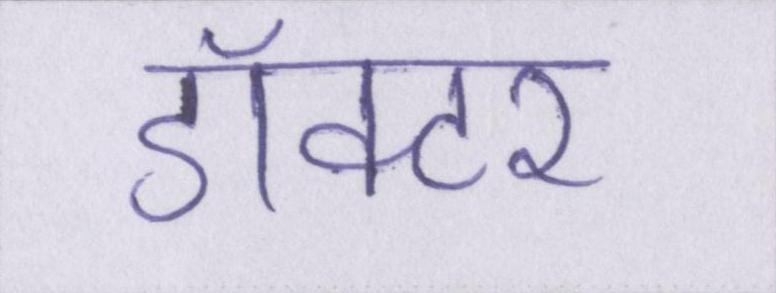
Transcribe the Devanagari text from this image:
डॉक्टर